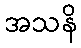
အသနိ